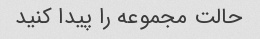
حالت مجموعه را پیدا کنید